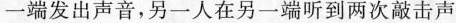
一端发出声音，另一人在另一端听到两次敲击声